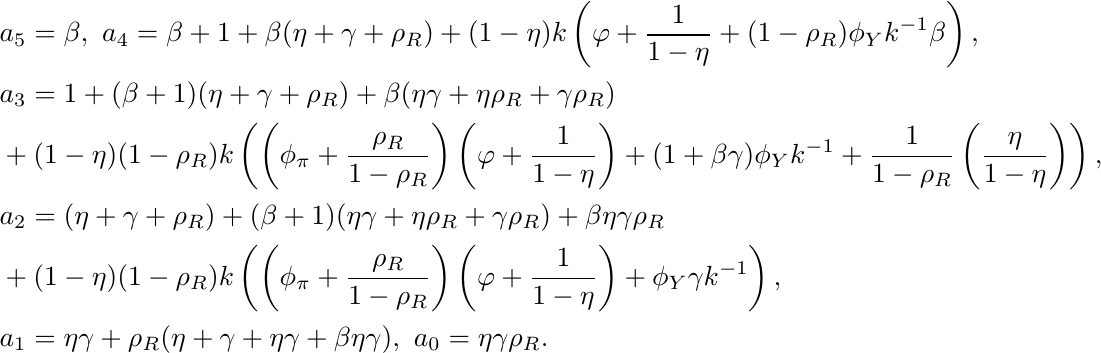
\begin{align*}
& a_5=\beta,\ a_4=\beta+1+\beta(\eta+\gamma+\rho_R)+
(1-\eta)k\left(\varphi+\frac{1}{1-\eta}+(1-\rho_R)\phi_Yk^{-1}\beta\right),\\
& a_3=1+(\beta+1)(\eta+\gamma+\rho_R)+\beta (\eta\gamma+\eta\rho_R+\gamma
\rho_R)
\\ &+(1-\eta)(1-\rho_R)k\left(\left(\phi_{\pi}+
\frac{\rho_R}{1-\rho_R}\right)\left(\varphi+
\frac{1}{1-\eta}\right)+(1+\beta\gamma)\phi_Y k^{-1}
+\frac{1}{1-\rho_R}\left(\frac{\eta}{1-\eta}\right)
\right),\\
& a_2=(\eta+\gamma+\rho_R)+(\beta+1)(\eta\gamma+\eta\rho_R+\gamma
\rho_R)+\beta\eta\gamma\rho_R\\
& +(1-\eta)(1-\rho_R)k\left(\left(\phi_{\pi}+
\frac{\rho_R}{1-\rho_R}\right)\left(\varphi+
\frac{1}{1-\eta}\right)+\phi_Y\gamma k^{-1}\right),\\
& a_1=\eta\gamma+\rho_R (\eta+\gamma+\eta\gamma+\beta\eta\gamma),
\ a_0=\eta\gamma\rho_R.
\end{align*}